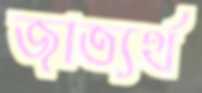
জাত্যর্থ